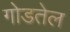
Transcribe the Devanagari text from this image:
गोडतेल